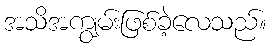
အသိအကျွမ်းဖြစ်ခဲ့လေသည်။